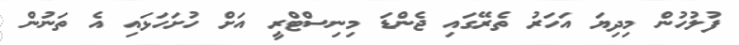
ފުލުހުން މިދިޔަ އަހަރު ތެރޭގައި ޖެންޑަ މިނިސްޓްރީ އަށް ހުށަހަޅައި އެ ތަނުން